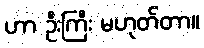
ဟာ ဦးကြီး မဟုတ်တာ။